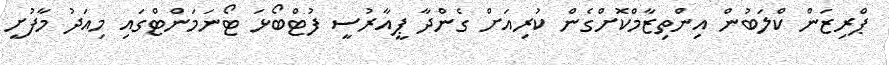
ޕްރިޒަން ކްލަބުން އިންތިޒާމްކޮށްގެން ކުރިއަށް ގެންދާ ޕީއާރުސީ ފުޓްބޯޅަ ޓޯނަމަންޓްގައި މިއަދު މާފުށީ